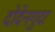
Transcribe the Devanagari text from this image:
दोदेनगुदा